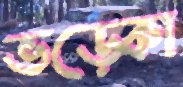
ভড়্‌কো